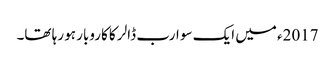
2017ء میں ایک سو ارب ڈالر کا کاروبار ہو رہا تھا۔